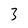
Character: 3